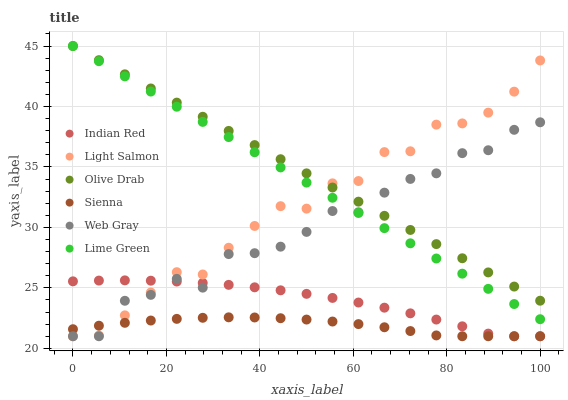
| xaxis_label | Indian Red | Light Salmon | Olive Drab | Sienna | Web Gray | Lime Green |
 | --- | --- | --- | --- | --- | --- | --- |
 | 0 | 25.5 | 21 | 45 | 21.6 | 21 | 45 |
 | 5.56 | 25.6 | 21.1 | 43.8 | 21.9 | 21 | 43.7 |
 | 11.1 | 25.6 | 22.7 | 42.7 | 22.1 | 23.9 | 42.5 |
 | 16.7 | 25.6 | 24.6 | 41.5 | 22.3 | 24.4 | 41.2 |
 | 22.2 | 25.5 | 26.3 | 40.3 | 22.4 | 25.7 | 40 |
 | 27.8 | 25.4 | 26.1 | 39.1 | 22.5 | 25 | 38.7 |
 | 33.3 | 25.2 | 28.3 | 38 | 22.6 | 27.8 | 37.5 |
 | 38.9 | 25 | 30.1 | 36.8 | 22.6 | 27.9 | 36.2 |
 | 44.4 | 24.8 | 31.8 | 35.6 | 22.5 | 28.4 | 35 |
 | 50 | 24.5 | 31.6 | 34.5 | 22.4 | 29.6 | 33.7 |
 | 55.6 | 24.2 | 33.6 | 33.3 | 22.2 | 31.4 | 32.4 |
 | 61.1 | 23.8 | 33.8 | 32.1 | 22 | 31.3 | 31.2 |
 | 66.7 | 23.4 | 36.2 | 31 | 21.7 | 32.9 | 29.9 |
 | 72.2 | 22.9 | 36.3 | 29.8 | 21.4 | 34 | 28.7 |
 | 77.8 | 22.4 | 38.5 | 28.6 | 21.1 | 34.5 | 27.4 |
 | 83.3 | 21.8 | 38.6 | 27.4 | 21 | 36.1 | 26.2 |
 | 88.9 | 21.2 | 39.5 | 26.3 | 21 | 36.4 | 24.9 |
 | 94.4 | 21 | 41.2 | 25.1 | 21 | 38.1 | 23.7 |
 | 100 | 21 | 43.8 | 23.9 | 21 | 38.7 | 22.4 |